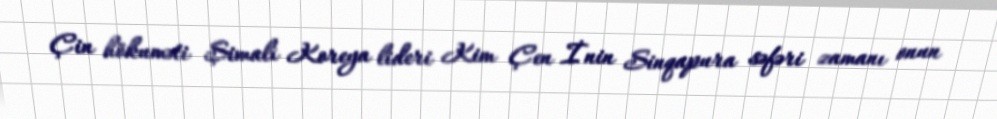
Çin hökuməti Şimali Koreya lideri Kim Çen İnin Sinqapura səfəri zamanı onun